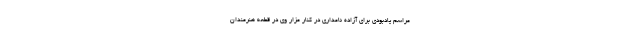
مراسم یادبودی برای آزاده نامداری در کنار مزار وی در قطعه هنرمندان